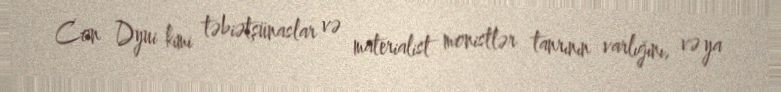
Con Dyui kimi təbiətşünaslar və materialist monistlər tanrının varlığını, və ya